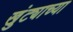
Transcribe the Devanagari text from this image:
खुंट्याच्या